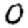
Digit: 0